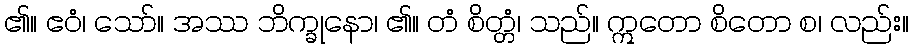
၏။ ဧဝံ၊ သော်။ အဿ ဘိက္ခုနော၊ ၏။ တံ စိတ္တံ၊ သည်။ ဣတော စိတော စ၊ လည်း။